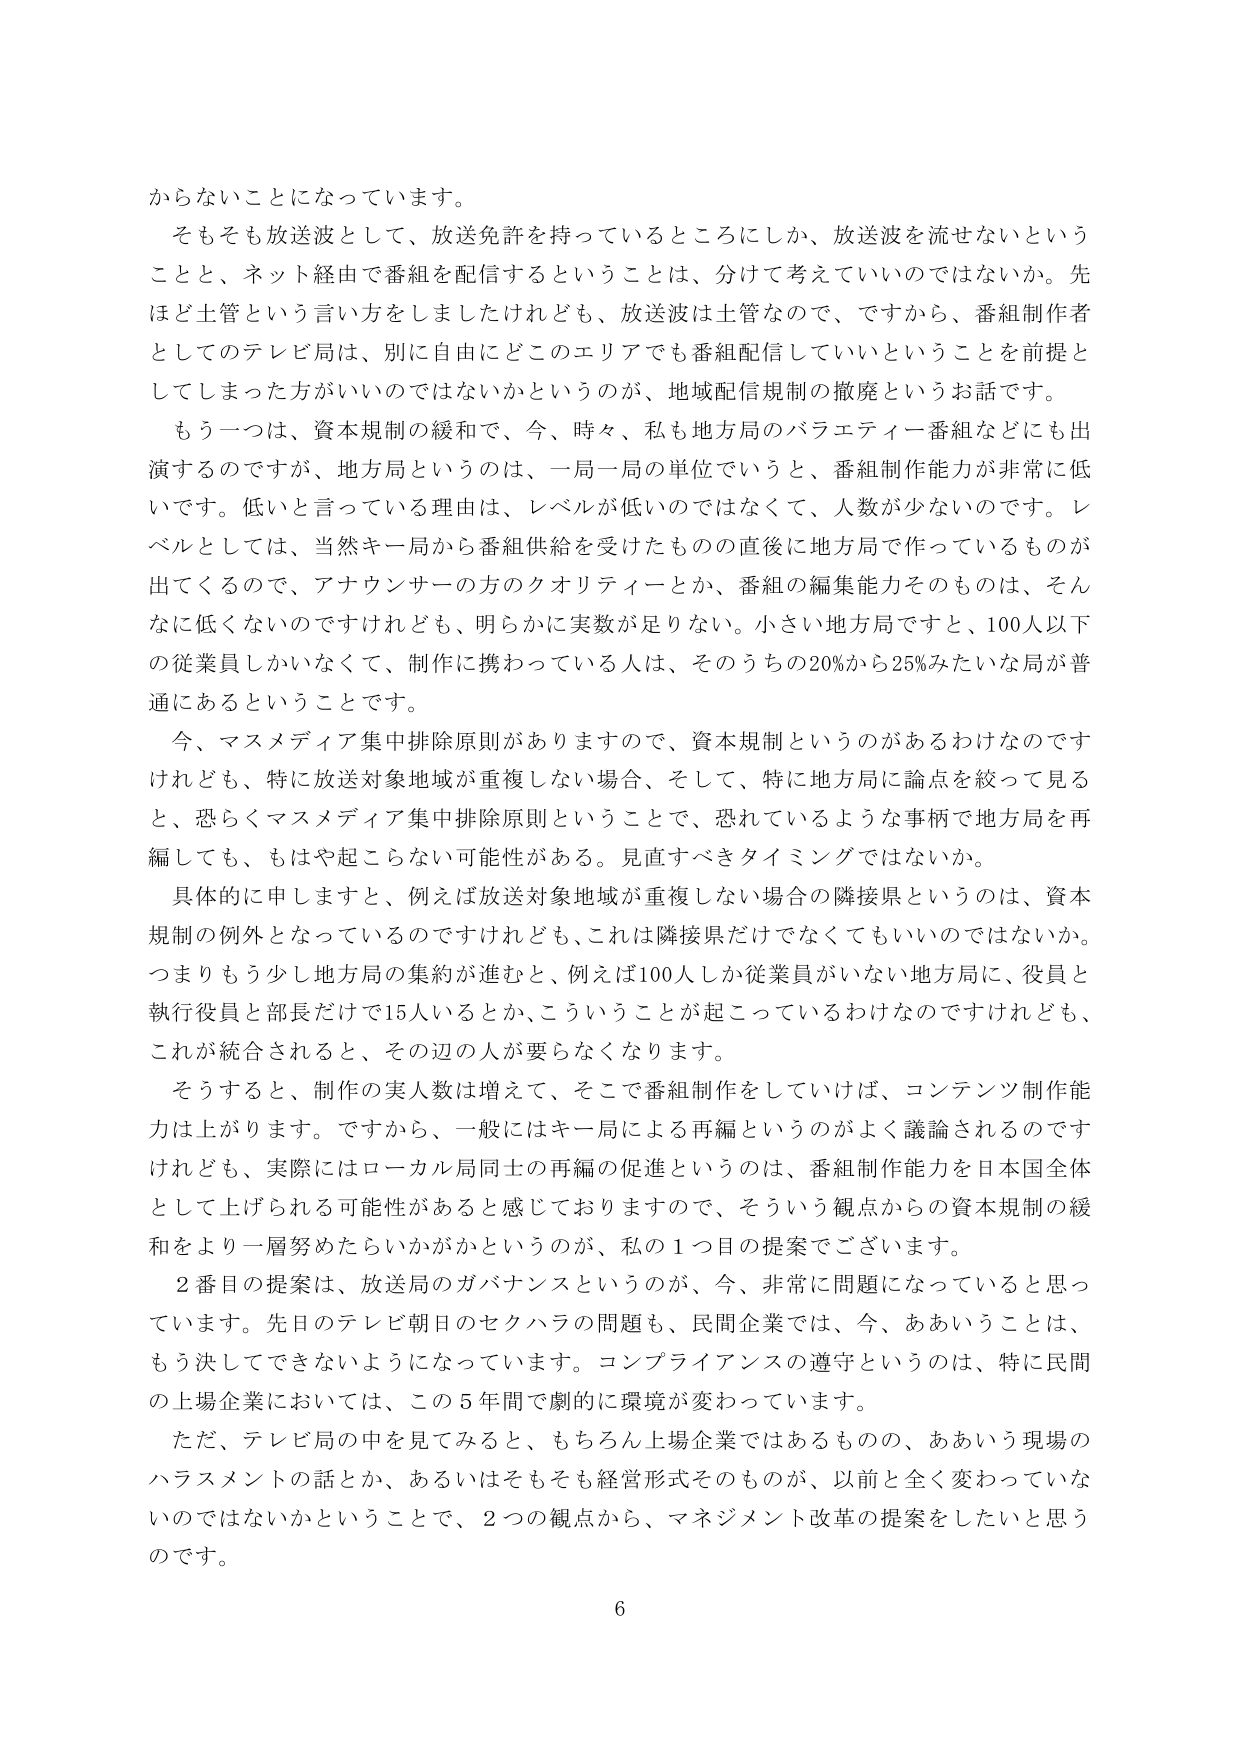
からないことになっています。
そもそも放送波として、放送免許を持っているところにしか、放送波を流せないということと、ネット経由で番組を配信するということは、分けて考えていいくのではないか。先ほど土管という言い方をしましたけれども、放送波は土管なので、ですから、番組制作者としてのテレビ局は、別に自由にどこのエリアでも番組配信していいということを前提としてしまった方がいいのではないかというのが、地域配信規制の撤廃というお話です。
もう一つは、資本規制の緩和で、今、時々、私も地方局のバラエティー番組などにも出演するのですが、地方局というのは、一局一局の単位でいうと、番組制作能力が非常に低いです。低いと言っている理由は、レベルが低いのではなくて、人数が少ないのです。レベルとしては、当然キー局から番組供給を受けたものの直後に地方局で作っているものが出てくるので、アナウンサーの方のクオリティーとか、番組の編集能力そのものは、そんなに低くないのですけれども、明らかに実数が足りない。小さい地方局ですと、100人以下の従業員しかいなくて、制作に携わっている人は、そのうちの20%から25%みたいな局が普通にあるということです。
今、マスメディア集中排除原則がありますので、資本規制というのがあるわけなのですが、けれども、特に放送対象地域が重複しない場合、そして、特に地方局に論点を絞って見ると、恐らくマスメディア集中排除原則ということで、恐れているような事柄で地方局を再編しても、もはや起こらない可能性がある。見直すべきタイミングではないか。
具体的に申しますと、例えば放送対象地域が重複しない場合の隣接県というのは、資本規制の例外となっているのですけれども、これは隣接県だけじゃなくてもいいのではないか。つまりもう少し地方局の集約が進むと、例えば100人しか従業員がいない地方局に、役員と執行役員と部長だけで15人いるとか、こういうことが起こっているわけなのですが、これが統合されると、その辺の人が要らなくなります。
そうすると、制作の実人数は増えて、そこで番組制作をしていけば、コンテンツ制作能力は上がります。ですから、一般にはキー局による再編というのがよく議論されるのですけれども、実際にはローカル局同士の再編の促進というのは、番組制作能力を日本国全体として上げられる可能性があると感じておりますので、そういう観点からの資本規制の緩和をより一層努めたらいいかがというのが、私の1つ目の提案でございます。
2番目の提案は、放送局のガバナンスというのが、今、非常に問題になっていると思っています。先日のテレビ朝日のセクハラの問題も、民間企業では、今、ああいうことは、もう決してできないようになっています。コンプライアンスの遵守というのは、特に民間の上場企業においては、この5年間で劇的に環境が変わっています。
ただ、テレビ局の中を見てみると、もちろん上場企業ではあるものの、ああいう現場のハラスメントの話とか、あるいはそもそも経営形式そのものが、以前と全く変わっていないのではないかということで、2つの観点から、マネジメント改革の提案をしたいと思うのです。
6